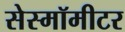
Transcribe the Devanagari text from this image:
सेस्मॉमीटर